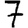
Digit: 7